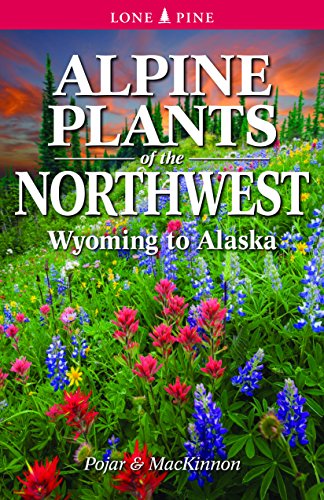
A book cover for Alpine Plants of the Northwest: Wyoming to Alaska; Andy MacKinnon; Science & Math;